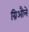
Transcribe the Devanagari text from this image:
ग्रिऔले